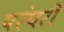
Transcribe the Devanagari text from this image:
परंपरी